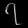
Digit: ၇